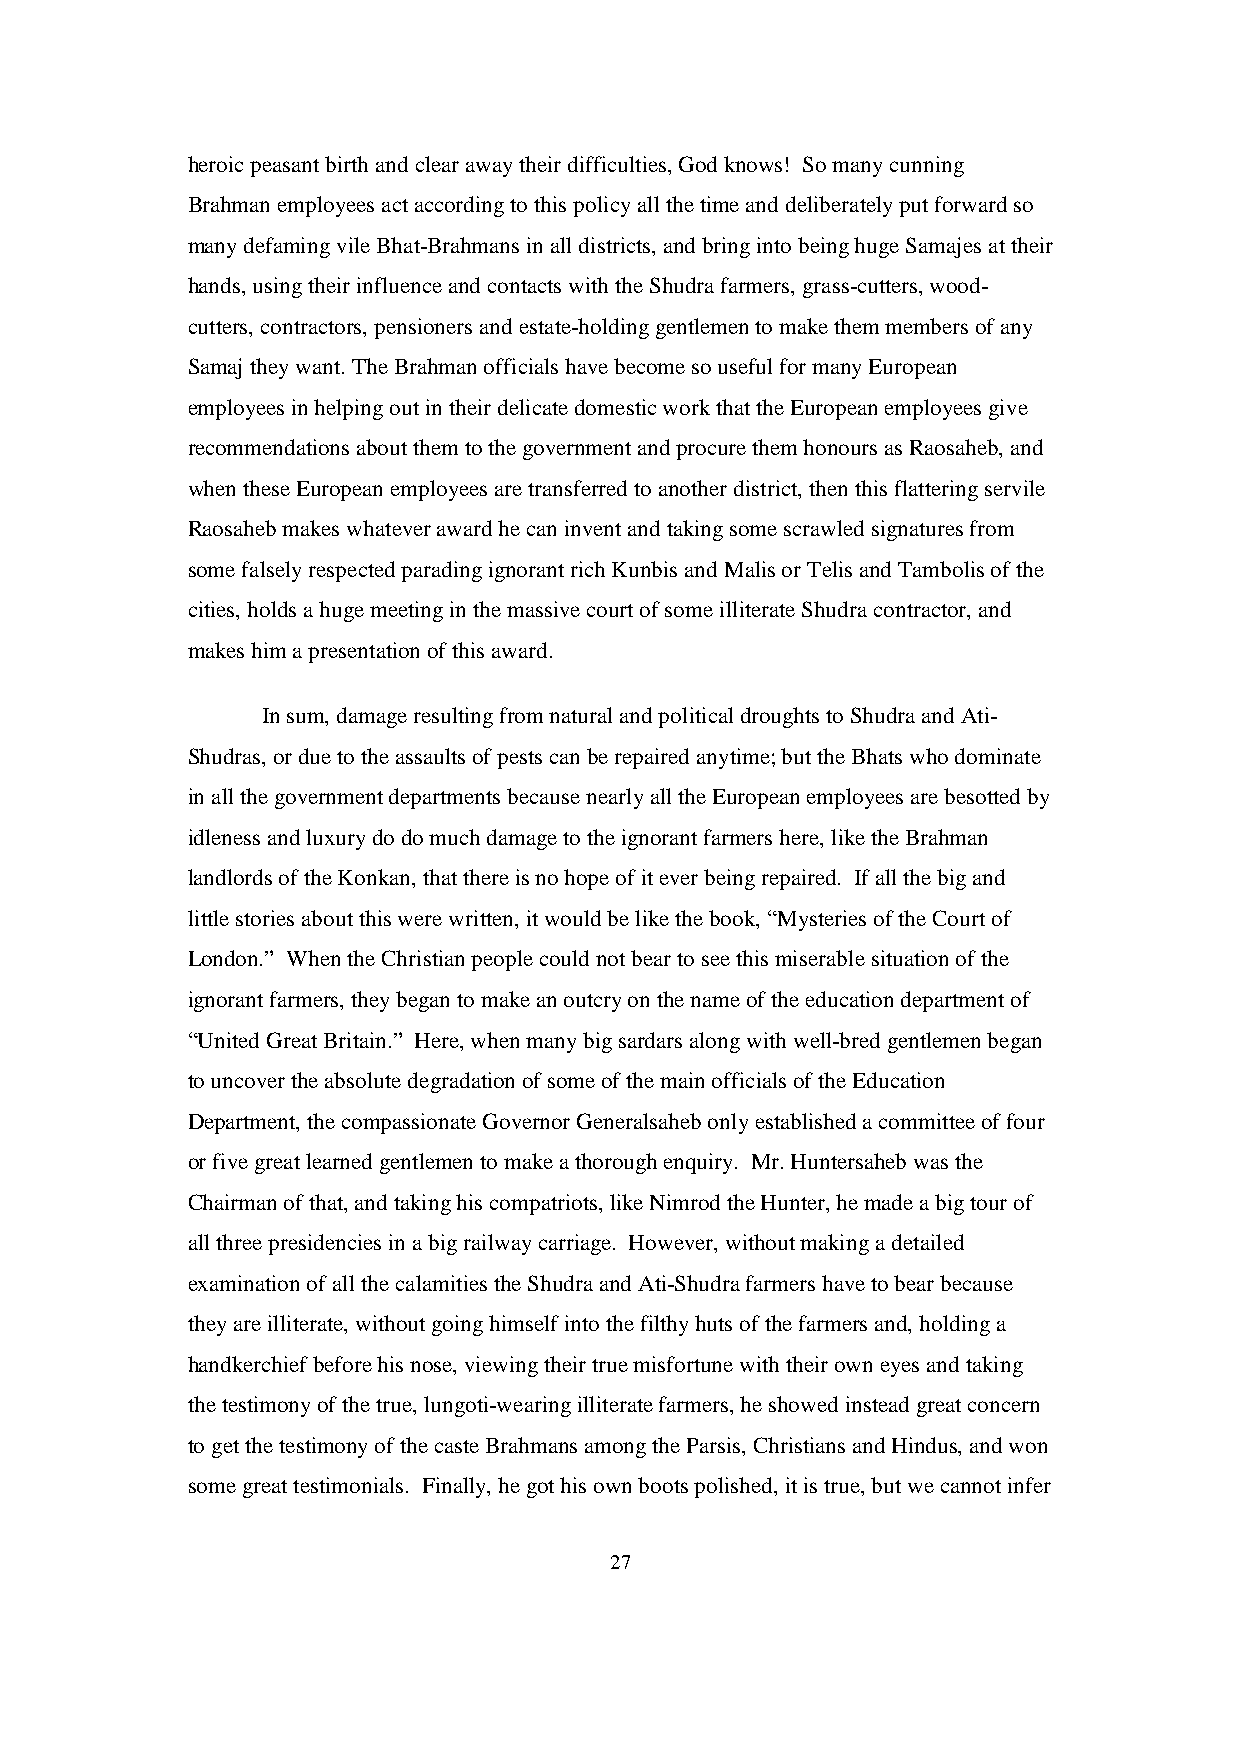
heroic peasant birth and clear away their difficulties, God knows! So many cunning
 Brahman employees act according to this policy all the time and deliberately put forward so
 many defaming vile Bhat-Brahmans in all districts, and bring into being huge Samajes at their
 hands, using their influence and contacts with the Shudra farmers, grass-cutters, wood-
 cutters, contractors, pensioners and estate-holding gentlemen to make them members of any
 Samaj they want. The Brahman officials have become so useful for many European
 employees in helping out in their delicate domestic work that the European employees give
 recommendations about them to the government and procure them honours as Raosaheb, and
 when these European employees are transferred to another district, then this flattering servile
 Raosaheb makes whatever award he can invent and taking some scrawled signatures from
 some falsely respected parading ignorant rich Kunbis and Malis or Telis and Tambolis of the
 cities, holds a huge meeting in the massive court of some illiterate Shudra contractor, and
 makes him a presentation of this award.
 In sum, damage resulting from natural and political droughts to Shudra and Ati-
 Shudras, or due to the assaults of pests can be repaired anytime; but the Bhats who dominate
 in all the government departments because nearly all the European employees are besotted by
 idleness and luxury do do much damage to the ignorant farmers here, like the Brahman
 landlords of the Konkan, that there is no hope of it ever being repaired. If all the big and
 little stories about this were written, it would be like the book, “Mysteries of the Court of
 London.” When the Christian people could not bear to see this miserable situation of the
 ignorant farmers, they began to make an outcry on the name of the education department of
 “United Great Britain.” Here, when many big sardars along with well-bred gentlemen began
 to uncover the absolute degradation of some of the main officials of the Education
 Department, the compassionate Governor Generalsaheb only established a committee of four
 or five great learned gentlemen to make a thorough enquiry. Mr. Huntersaheb was the
 Chairman of that, and taking his compatriots, like Nimrod the Hunter, he made a big tour of
 all three presidencies in a big railway carriage. However, without making a detailed
 examination of all the calamities the Shudra and Ati-Shudra farmers have to bear because
 they are illiterate, without going himself into the filthy huts of the farmers and, holding a
 handkerchief before his nose, viewing their true misfortune with their own eyes and taking
 the testimony of the true, lungoti-wearing illiterate farmers, he showed instead great concern
 to get the testimony of the caste Brahmans among the Parsis, Christians and Hindus, and won
 some great testimonials. Finally, he got his own boots polished, it is true, but we cannot infer
 27